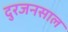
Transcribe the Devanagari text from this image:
दुरजनसाल